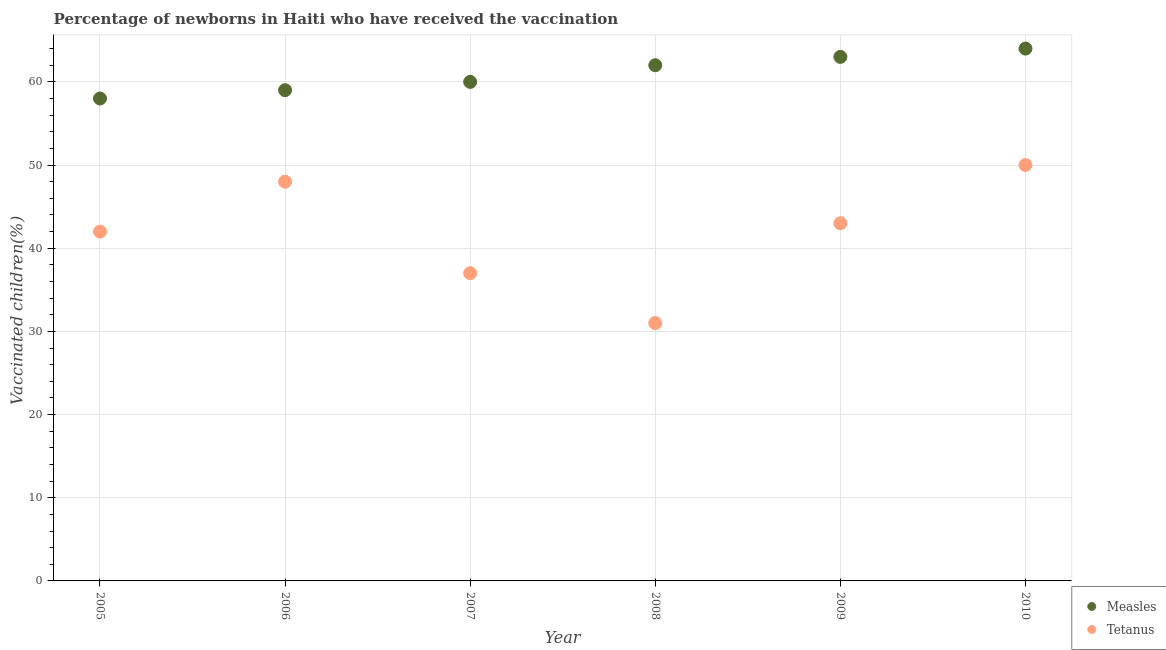
| Year | Measles | Tetanus |
 | --- | --- | --- |
 | 2005 | 58 | 42 |
 | 2006 | 59 | 48 |
 | 2007 | 60 | 37 |
 | 2008 | 62 | 31 |
 | 2009 | 63 | 43 |
 | 2010 | 64 | 50 |